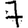
Digit: 7